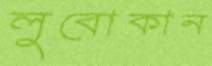
লুবোকান